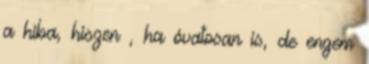
a hiba, hiszen , ha óvatosan is, de engem